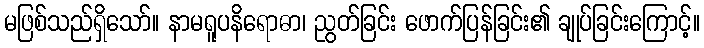
မဖြစ်သည်ရှိသော်။ နာမရူပနိရောဓာ၊ ညွတ်ခြင်း ဖောက်ပြန်ခြင်း၏ ချုပ်ခြင်းကြောင့်။